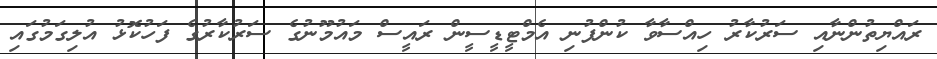
ރައްޔިތުންނާއި ސަރުކާރު ހިއްސާވާ ކުންފުނި އެމްޓީޑީސީން ރައީސް މައުމޫނުގެ ސަރުކާރުގެ ފަހުކޮޅު އުލިގަމުގައި